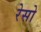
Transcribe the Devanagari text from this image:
रेसो